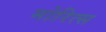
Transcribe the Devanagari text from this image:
मोरित्स